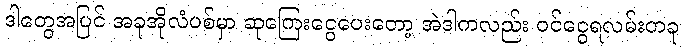
ဒါတွေအပြင် အခုအိုလံပစ်မှာ ဆုကြေးငွေပေးတော့ အဲဒါကလည်း ဝင်ငွေရလမ်းတခု